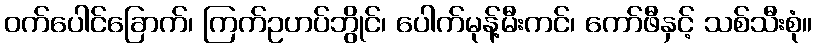
ဝက်ပေါင်ခြောက်၊ ကြက်ဥဟပ်ဘွိုင်၊ ပေါက်မုန့်မီးကင်၊ ကော်ဖီနှင့် သစ်သီးစုံ။